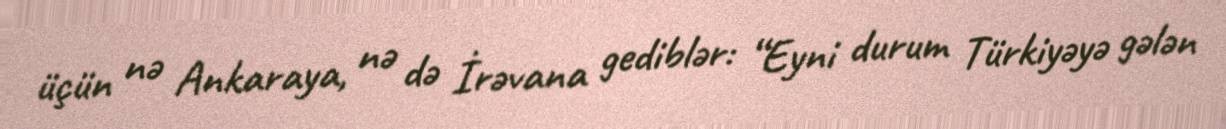
üçün nə Ankaraya, nə də İrəvana gediblər: “Eyni durum Türkiyəyə gələn